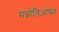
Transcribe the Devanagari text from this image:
मग्नोलिओफ्य्त